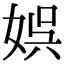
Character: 娯